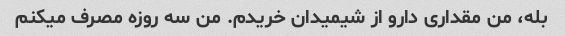
بله، من مقداری دارو از شیمیدان خریدم. من سه روزه مصرف میکنم